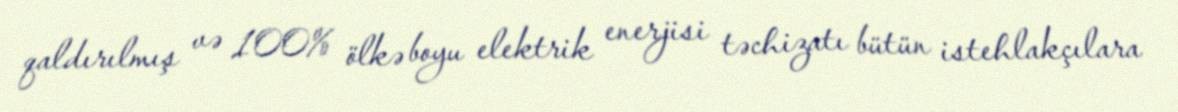
qaldırılmış və 100% ölkə boyu elektrik enerjisi təchizatı bütün istehlakçılara